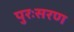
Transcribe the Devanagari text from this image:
पुरःसरण